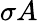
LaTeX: \sigma A